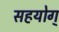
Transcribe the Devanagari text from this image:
सहयोग्